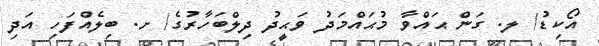
އޯކިޑު/ ލ. ގަން ޙައްވާ މުޙައްމަދު ވަޙީދު ދިލްބަހާރުގެ/ ށ. ބިލެއްފަހި އަދި